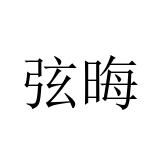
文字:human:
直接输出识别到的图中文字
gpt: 弦晦